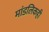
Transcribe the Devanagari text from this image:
मांडलिकही